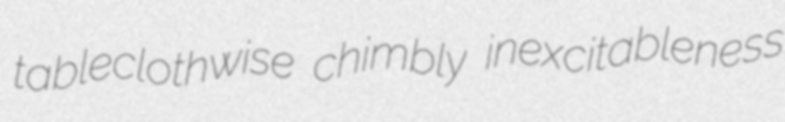
tableclothwise chimbly inexcitableness